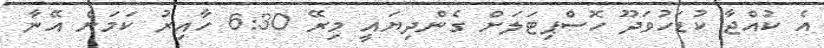
އެ ކުއްޖާ ކުޑަހުވަދޫ ހޮސްޕިޓަލަށް ގެންދިޔައީ މިރޭ 6:30 ހާއިރު ކަމަށް އޭނާ